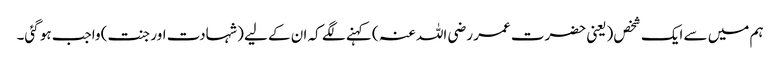
ہم میں سے ایک شخص (یعنی حضرت عمر رضی اللہ عنہ ) کہنے لگے کہ ان کے لیے (شہادت اور جنت) واجب ہو گئی۔